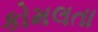
કોમલતા